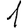
Digit: 1